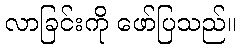
လာခြင်းကို ဖော်ပြသည်။